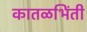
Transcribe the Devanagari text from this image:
कातळभिंती